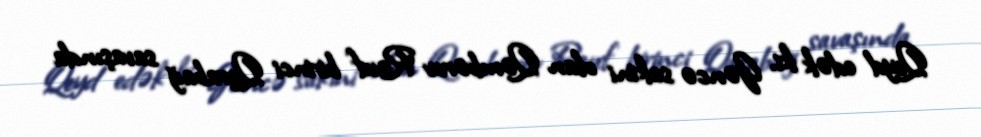
Qeyd edək ki, Gəncə sakini olan Qəmbərov Rauf birinci Qarabağ savaşında